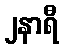
၂နာရီ